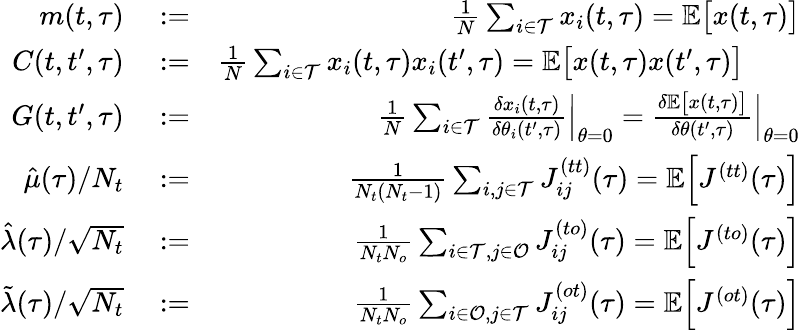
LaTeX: \begin{array}{rlr}{m(t,\tau)}&{{}:=}&{\frac{1}{N}\sum_{i\in\mathcal{T}}x_{i}(t,\tau)=\mathbb{E}\big[x(t,\tau)\big]}\\ {C(t,t^{\prime},\tau)}&{{}:=}&{\frac{1}{N}\sum_{i\in\mathcal{T}}x_{i}(t,\tau)x_{i}(t^{\prime},\tau)=\mathbb{E}\big[x(t,\tau)x(t^{\prime},\tau)\big]\qquad}\\ {G(t,t^{\prime},\tau)}&{{}:=}&{\frac{1}{N}\sum_{i\in\mathcal{T}}\frac{\delta x_{i}(t,\tau)}{\delta\theta_{i}(t^{\prime},\tau)}\Big|_{\theta=0}=\frac{\delta\mathbb{E}\big[x(t,\tau)\big]}{\delta\theta(t^{\prime},\tau)}\Big|_{\theta=0}}\\ {\hat{\mu}(\tau)/N_{t}}&{{}:=}&{\frac{1}{N_{t}(N_{t}-1)}\sum_{i,j\in\mathcal{T}}J_{ij}^{(tt)}(\tau)=\mathbb{E}\Big[J^{(tt)}(\tau)\Big]}\\ {\hat{\lambda}(\tau)/\sqrt{N_{t}}}&{{}:=}&{\frac{1}{N_{t}N_{o}}\sum_{i\in\mathcal{T},j\in\mathcal{O}}J_{ij}^{(to)}(\tau)=\mathbb{E}\Big[J^{(to)}(\tau)\Big]}\\ {\tilde{\lambda}(\tau)/\sqrt{N_{t}}}&{{}:=}&{\frac{1}{N_{t}N_{o}}\sum_{i\in\mathcal{O},j\in\mathcal{T}}J_{ij}^{(ot)}(\tau)=\mathbb{E}\Big[J^{(ot)}(\tau)\Big]}\end{array}